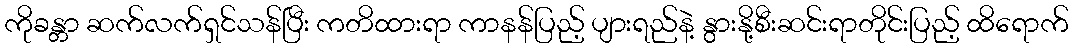
ကိုခန္တာ ဆက်လက်ရှင်သန်ပြီး ကတိထားရာ ကာနန်ပြည့် ပျားရည်နဲ့ နွားနို့စီးဆင်းရာတိုင်းပြည့် ထိရောက်